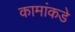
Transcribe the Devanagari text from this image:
कामांकडे